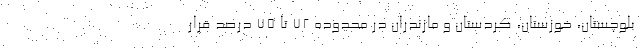
بلوچستان، خوزستان، کردستان و مازندران در محدوده ۷۲ تا ۷۵ درصد قرار